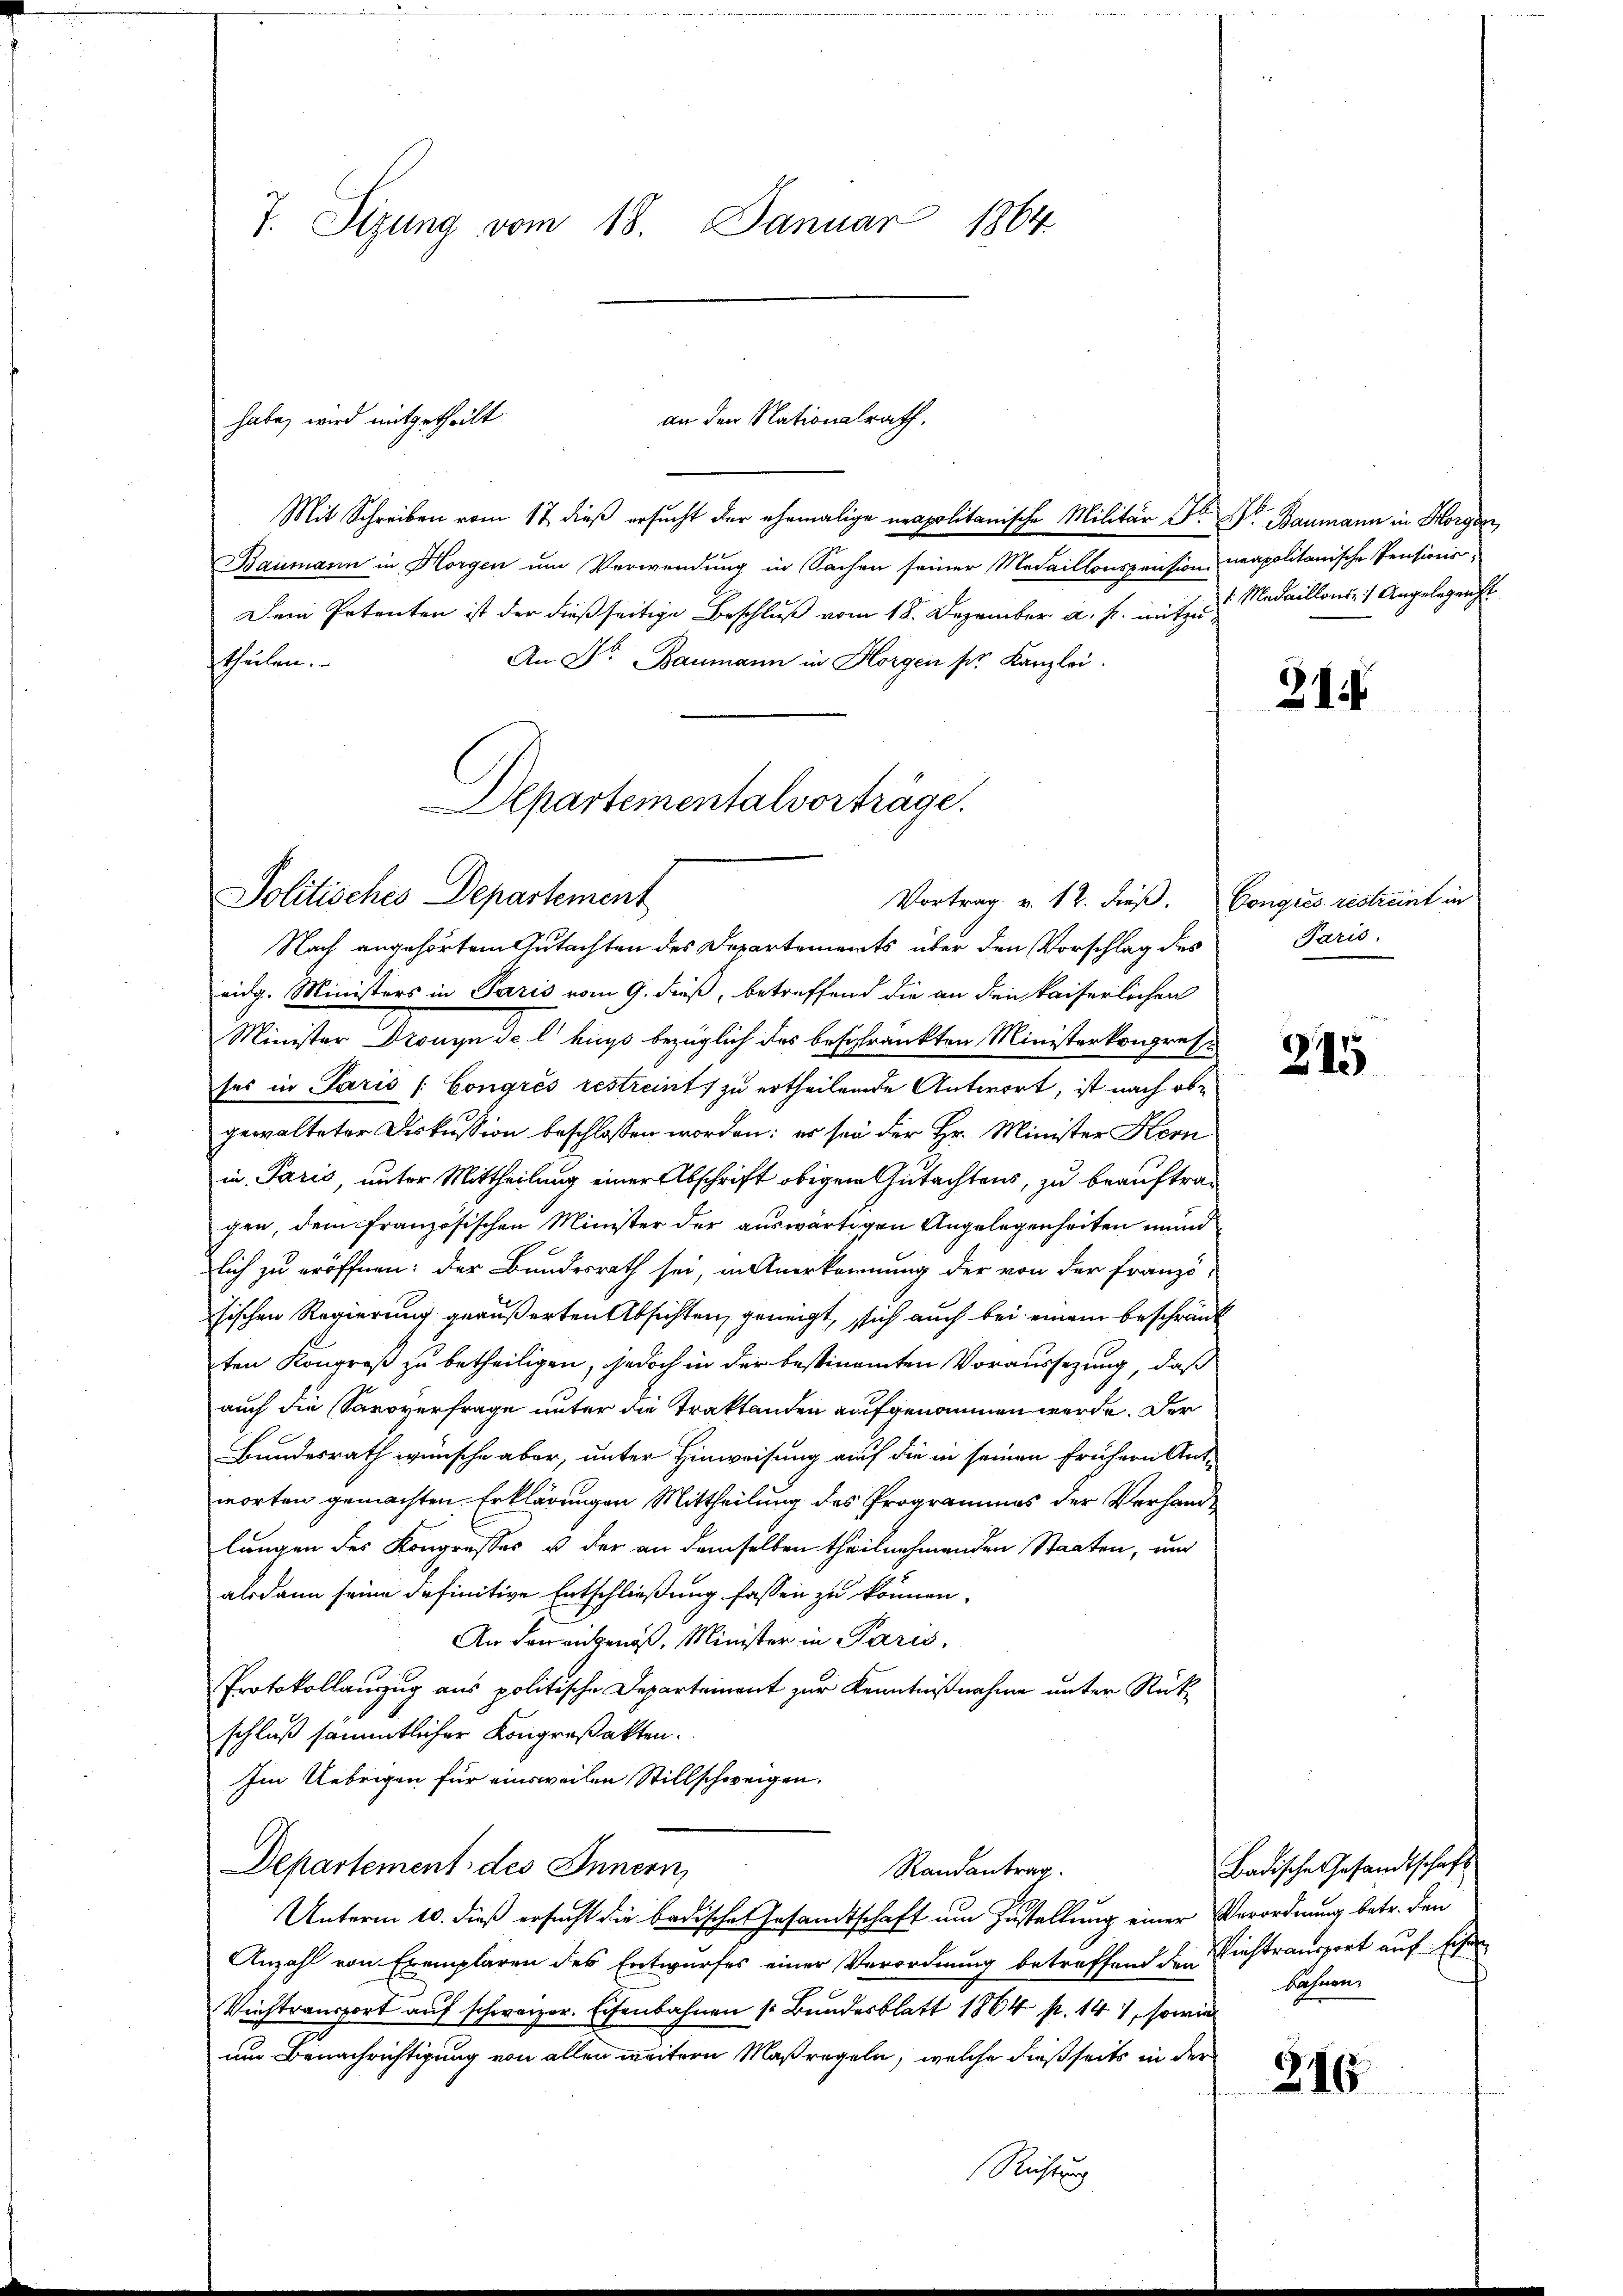
7. Sizung vom 18. Januar 1864

Mit Schreiben vom 17. dieß ersucht der ehemalige neapolitanische Militär Sr. Dr Baumann in Horgen,
Baumann in Horgen um Verwendung in Sachen seiner Medaillonspension
Dem Petenten ist der dießseitige Beschluß vom 18. Dezember a. p. mit 1 Medaillons- / Angelegenst
stheilen.
An Dr. Baumann in Horgen pr. Kanzlei.
Nach angehörtem Gutachten des Departements über den Vorschlag des
eidg. Ministers in Paris vom 9. dieß, betreffend die an den kaiserlichen
Minister Dronyn de l hugs bezüglich des beschränkten Ministerkongresses in Paris (Congrés restreits zu ertheilende Antwort, ist nach obe
gewalteter Diskussion beschlossen worden: es sei der Hr. Minister Korn
in Paris, unter Mittheilung einer Abschrift obigem Gutachtens, zu beauftragen, dem französischen Minister der auswärtigen Angelegenheiten mund
lich zu eröffnen: der Bundesrath sei, in Anerkennung der von der Franzö-
sischen Regierung geäußerten Absichten, geneigt, sich auch bei einem beschränk
ten Kongreß zu betheiligen, jedoch in der bestimmten Voraussezung, daß
auch die Savoverfrage unter die Traktanden aufgenommen werde. Der
Bundesrath wünsche aber, unter Hinweisung auf die in seinen frühern Ant-
worten gemachten Erklärungen Mittheilung des Programmes der Verhandlungen des Kongresses u der an demselben theilnehmenden Staaten, und
alsdann seine definitive Entschließung fassen zu können,
An den eingenoß. Minister in Paris,
Protokollauszug aus politische Departement zur Kenntnißnahme unter Rückschluß sämmtlicher Kongreßakten.
Im Uebrigen für einsweilen Stillschweigen.
Departement des Innern,
Randantrag.
Unterm 10. dieß ersucht die badische Gesandtschaft um Zustellung einer Verordnung betr. den
Anzahl von Exemplaren des Entwurfes einer Verordnung betreffend den Viehtransport auf Eisen
Verstransport auf schweizer. Eisenbahnen (Bundesblatt 1864 p. 141, sowie
um Benachrichtigung von allen weitern Maßregeln, welche dießseits in der

an den Nationalrath.
habe, wird mitgetheilt.

Aepartementalvorträge.
Politisches Departement
Vortrag v. 12. dieß. Congres restreint in

neapolitanische Pensions¬

21

Paris

215

Badische Gesandtschaft
bahnen.

316